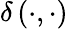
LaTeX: \delta\left(\cdot,\cdot\right)